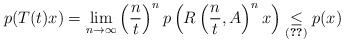
\begin{align*} p(T(t)x)=\lim_{n\to\infty}\left(\frac{n}{t}\right)^{n}p\left(R\left(\frac{n}{t},A\right)^{n}x\right)\underset{\eqref{eq:res_cont}}{\leq} p(x)\end{align*}